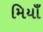
મિયાઁ